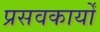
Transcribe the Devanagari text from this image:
प्रसवकार्यों